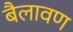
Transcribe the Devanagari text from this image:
बैलावण